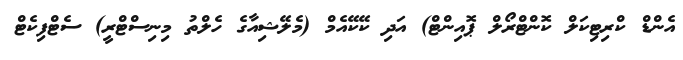
އެންޑް ކްރިޓިކަލް ކޮންޓްރޯލް ޕޮއިންޓް) އަދި ކޭކޭއެމް (މެލޭޝިއާގެ ހެލްތު މިނިސްޓްރީ) ސެޓްފިކެޓް